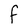
Character: F